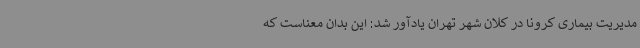
مدیریت بیماری کرونا در کلان شهر تهران یادآور شد: این بدان معناست که